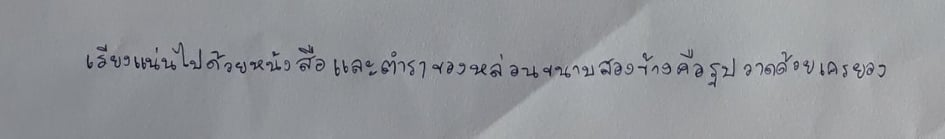
เรียงแน่นไปด้วยหนังสือและตำราของหล่อนขนาบสองข้างคือรูปวาดด้วยเครยอง